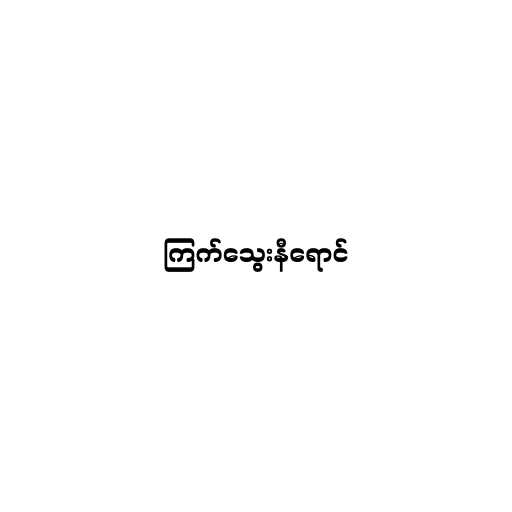
ကြက်သွေးနီရောင်